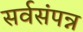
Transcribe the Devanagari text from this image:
सर्वसंपन्न